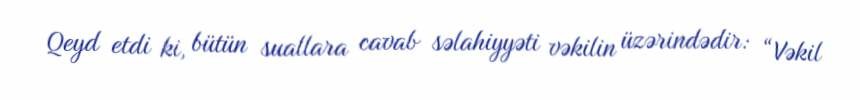
Qeyd etdi ki, bütün suallara cavab səlahiyyəti vəkilin üzərindədir: “Vəkil